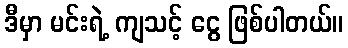
ဒီမှာ မင်းရဲ့ ကျသင့် ငွေ ဖြစ်ပါတယ်။